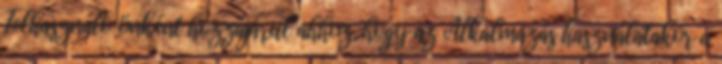
Felhasználó önként hozzájárul ahhoz, hogy az Alkalmazás használatakor a